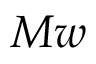
M w